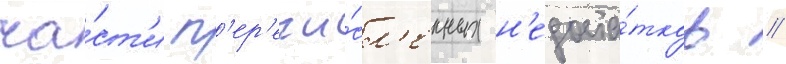
ча́ст'и п'ер'ечи́сл'енных н'едоста́тков //